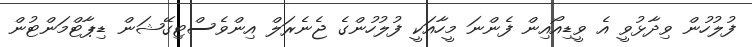
ފުލުހުން ވިދާޅުވީ އެ ވީޑިއޯއިން ފެންނަ މީހާއަކީ ފުލުހުންގެ ޖެނެރަލް އިންވެސްޓިގޭޝަން ޑިޕާޓްމަންޓުން